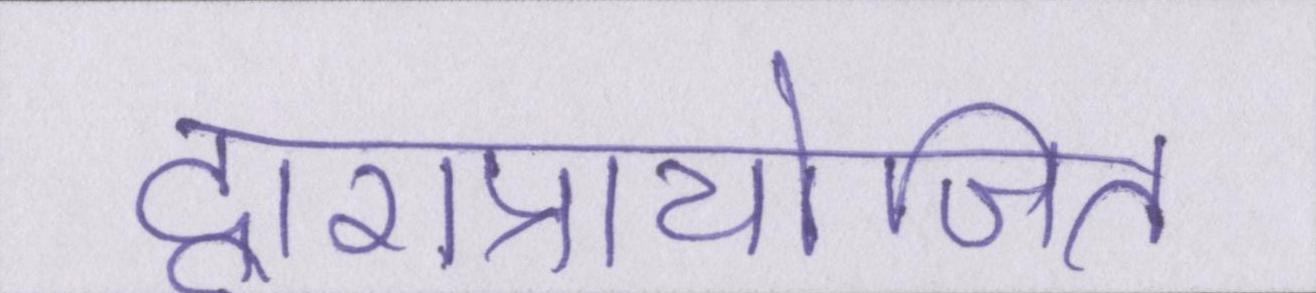
द्वाराप्रायोजित